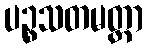
ပဉ္စသတမတ္တာ